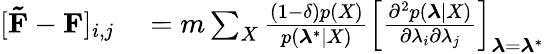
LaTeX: \begin{array}{rl}{[\mathbf{\tilde{F}}-\mathbf{F}]_{i,j}}&{{}=m\sum_{X}\frac{(1-\delta)p(X)}{p(\boldsymbol{\lambda}^{*}|X)}\left[\frac{\partial^{2}p(\boldsymbol{\lambda}|X)}{\partial\lambda_{i}\partial\lambda_{j}}\right]_{\boldsymbol{\lambda}=\boldsymbol{\lambda}^{*}}}\end{array}